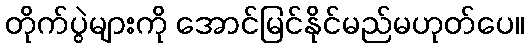
တိုက်ပွဲများကို အောင်မြင်နိုင်မည်မဟုတ်ပေ။